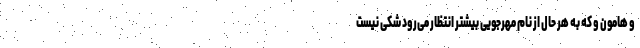
و هامون و که به هر حال از نام مهرجویی بیشتر انتظار می‌رود شکی نیست